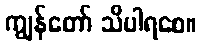
ကျွန်တော် သိပါရစေ။